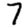
Digit: 7